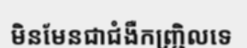
មិនមែនជាជំងឺកញ្ជ្រិលទេ